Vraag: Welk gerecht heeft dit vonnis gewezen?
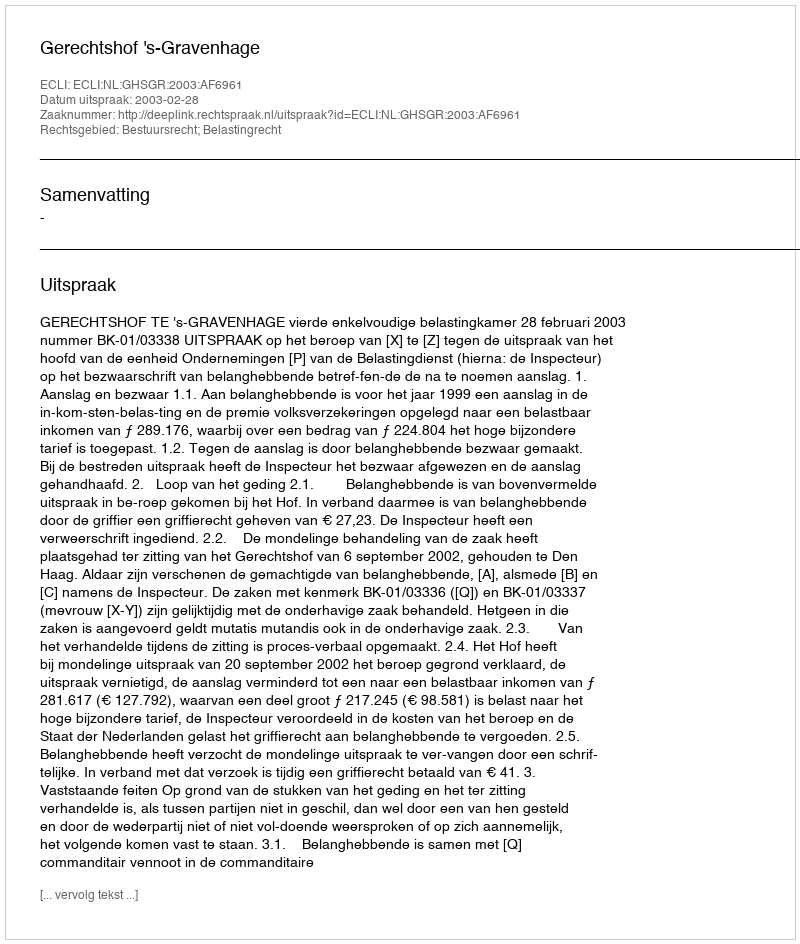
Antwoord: Gerechtshof 's-Gravenhage